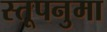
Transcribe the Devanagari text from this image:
स्तूपनुमा